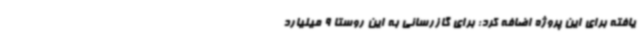
یافته برای این پروژه اضافه کرد: برای گازرسانی به این روستا 9 میلیارد